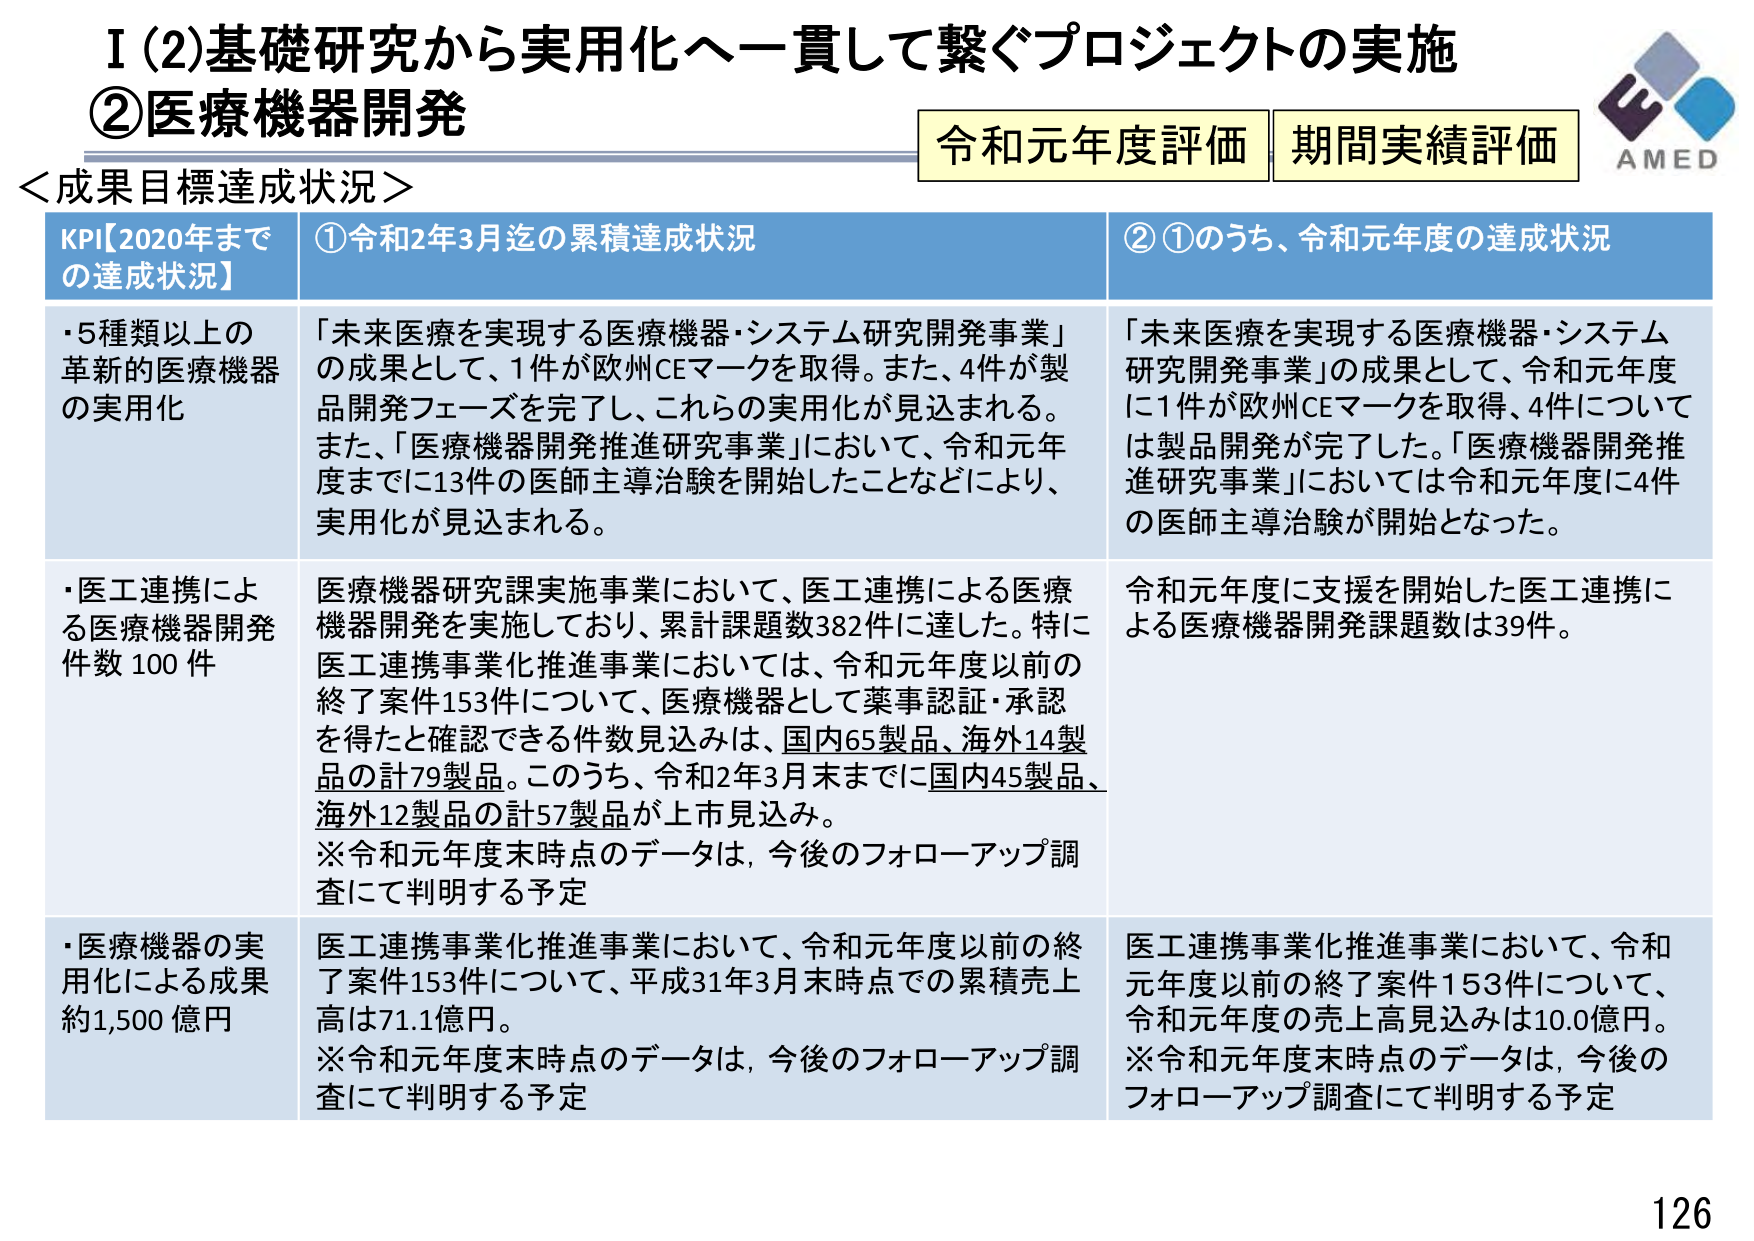
I (2) 基礎研究から実用化へ一貫して繋ぐプロジェクトの実施
② 医療機器開発
＜成果目標達成状況＞
令和元年度評価 期間実績評価
AMED

KPI【2020年までの達成状況】
① 令和2年3月迄の累積達成状況
② ①のうち、令和元年度の達成状況

・5種類以上の革新的医療機器の実用化
「未来医療を実現する医療機器・システム研究開発事業」の成果として、1件が欧州CEマークを取得。また、4件が製品開発フェーズを完了し、これらの実用化が見込まれる。また、「医療機器開発推進研究事業」において、令和元年度までに13件の医師主導治験を開始したことなどにより、実用化が見込まれる。
「未来医療を実現する医療機器・システム研究開発事業」の成果として、令和元年度に1件が欧州CEマークを取得、4件については製品開発が完了した。「医療機器開発推進研究事業」においては令和元年度に4件の医師主導治験が開始となった。

・医工連携による医療機器開発件数 100 件
医療機器研究課実施事業において、医工連携による医療機器開発を実施しており、累計課題数382件に達した。特に医工連携事業化推進事業においては、令和元年度以前の終了案件153件について、医療機器として薬事認証・承認を得たと確認できる件数見込みは、国内65製品、海外14製品の計79製品。このうち、令和2年3月末までに国内45製品、海外12製品の計57製品が上市見込み。
※令和元年度末時点のデータは、今後のフォローアップ調査にて判明する予定
令和元年度に支援を開始した医工連携による医療機器開発課題数は39件。

・医療機器の実用化による成果 約1,500 億円
医工連携事業化推進事業において、令和元年度以前の終了案件153件について、平成31年3月末時点での累積売上高は71.1億円。
※令和元年度末時点のデータは、今後のフォローアップ調査にて判明する予定
医工連携事業化推進事業において、令和元年度以前の終了案件153件について、令和元年度の売上高見込みは10.0億円。
※令和元年度末時点のデータは、今後のフォローアップ調査にて判明する予定

126